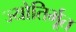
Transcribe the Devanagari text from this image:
ज्योतिर्भूत